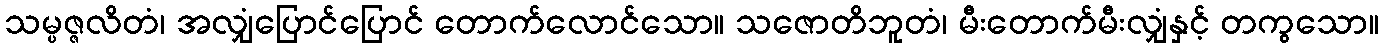
သမ္ပဇ္ဇလိတံ၊ အလျှံပြောင်ပြောင် တောက်လောင်သော။ သဇောတိဘူတံ၊ မီးတောက်မီးလျှံနှင့် တကွသော။